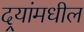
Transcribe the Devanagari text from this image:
दर्‍यांमधील